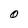
Character: O